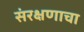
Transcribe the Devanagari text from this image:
संरक्षणाचा